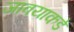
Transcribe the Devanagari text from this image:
जावयाकडे